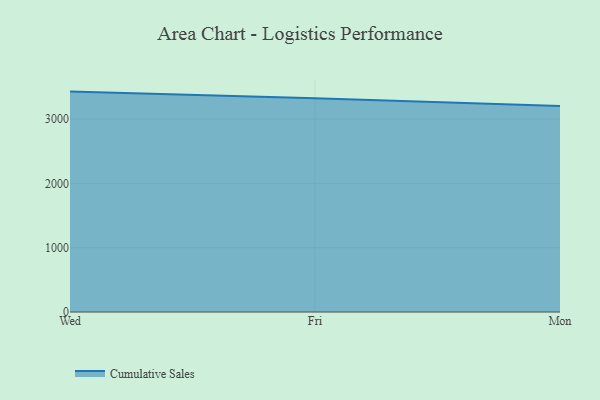
{"axis": {"x": "Day", "y": "Website Visitors"}, "legend": ["Cumulative Sales"], "data": [{"x": "Wed", "y": 3426.9, "type": "Cumulative Sales"}, {"x": "Fri", "y": 3325.3, "type": "Cumulative Sales"}, {"x": "Mon", "y": 3203.4, "type": "Cumulative Sales"}]}